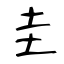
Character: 圭